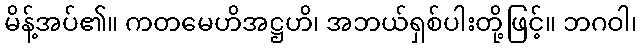
မိန့်အပ်၏။ ကတမေဟိအဋ္ဌဟိ၊ အဘယ်ရှစ်ပါးတို့ဖြင့်။ ဘဂဝါ၊